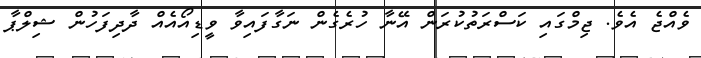
ވެއްޖެ އެވެ. ޖިމްގައި ކަސްރަތުކުރަން އޭނާ ހުރެގެން ނަގާފައިވާ ވީޑިއޯއެއް ދާދިފަހުން ޝިލްޕާ